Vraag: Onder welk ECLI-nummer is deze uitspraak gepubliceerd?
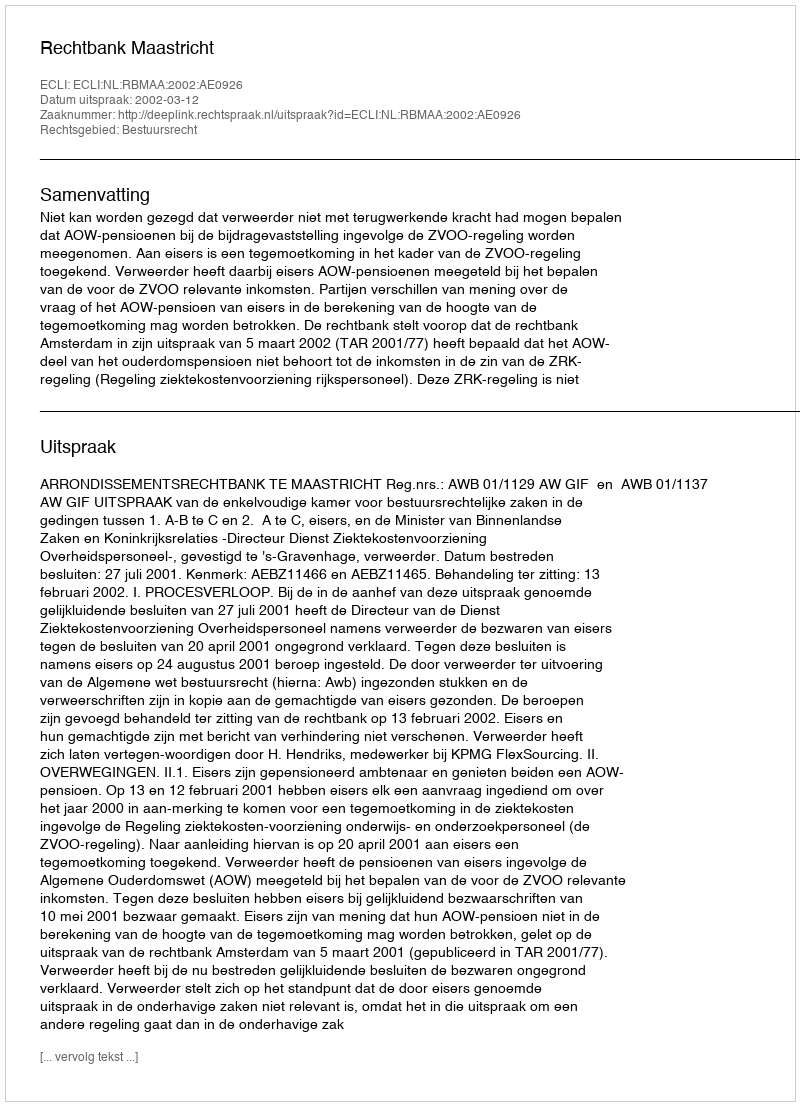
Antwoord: ECLI:NL:RBMAA:2002:AE0926